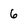
Character: 6